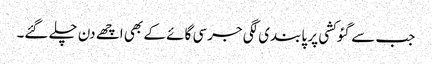
جب سے گئو کشی پر پابندی لگی جرسی گائے کے بھی اچھے دن چلے گئے۔